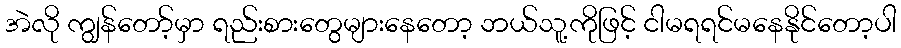
အဲလို ကျွန်တော့်မှာ ရည်းစားတွေများနေတော့ ဘယ်သူ့ကိုဖြင့် ငါမရရင်မနေနိုင်တော့ပါ